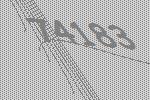
74183